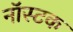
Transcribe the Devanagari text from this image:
नॉस्टक